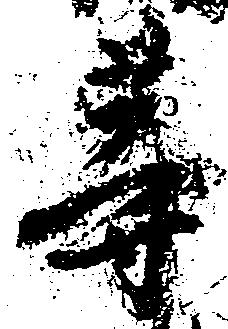
等